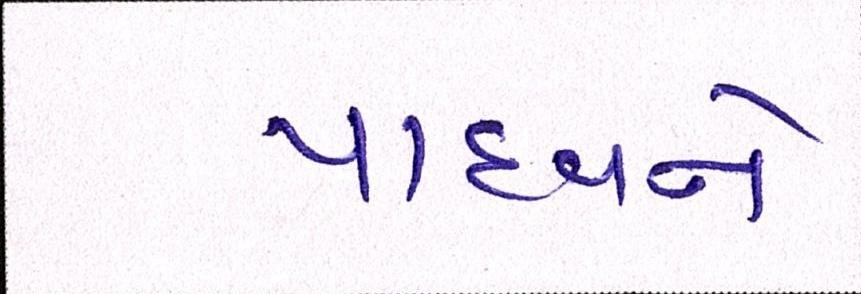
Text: યાદવને